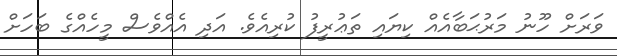
ވަރަށް ހޫނު މަރުޙަބާއެއް ކިޔައި ތަޢުރީފު ކުރިއެވެ. އަދި އެއްވެސް މީހެއްގެ ބަހަށް